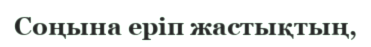
Соңына еріп жастықтың,